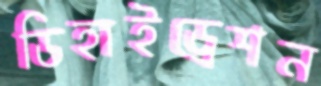
ডিহাইড্রেশন